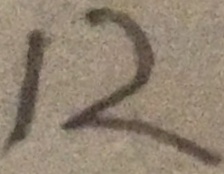
1 2